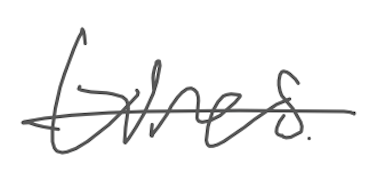
Text: tires
Cross-out: single-line
Writing tool: digital_gray